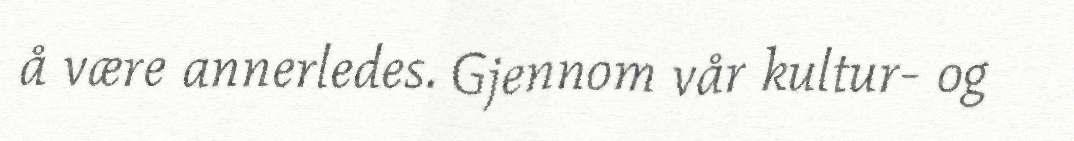
å være annerledes. Gjennom vår kultur- og